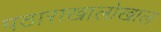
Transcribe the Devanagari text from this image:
पठाराखालोखाल